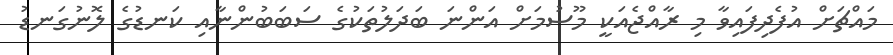
މައްޗަށް އުފެދިފައިވާ މި ރާއްޖެއަކީ މޫސުމަށް އަންނަ ބަދަލުތަކުގެ ސަބަބުންނާއި ކަނޑުގެ ލޮނުގަނޑު